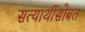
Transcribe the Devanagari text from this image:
सत्यार्थीसोबत